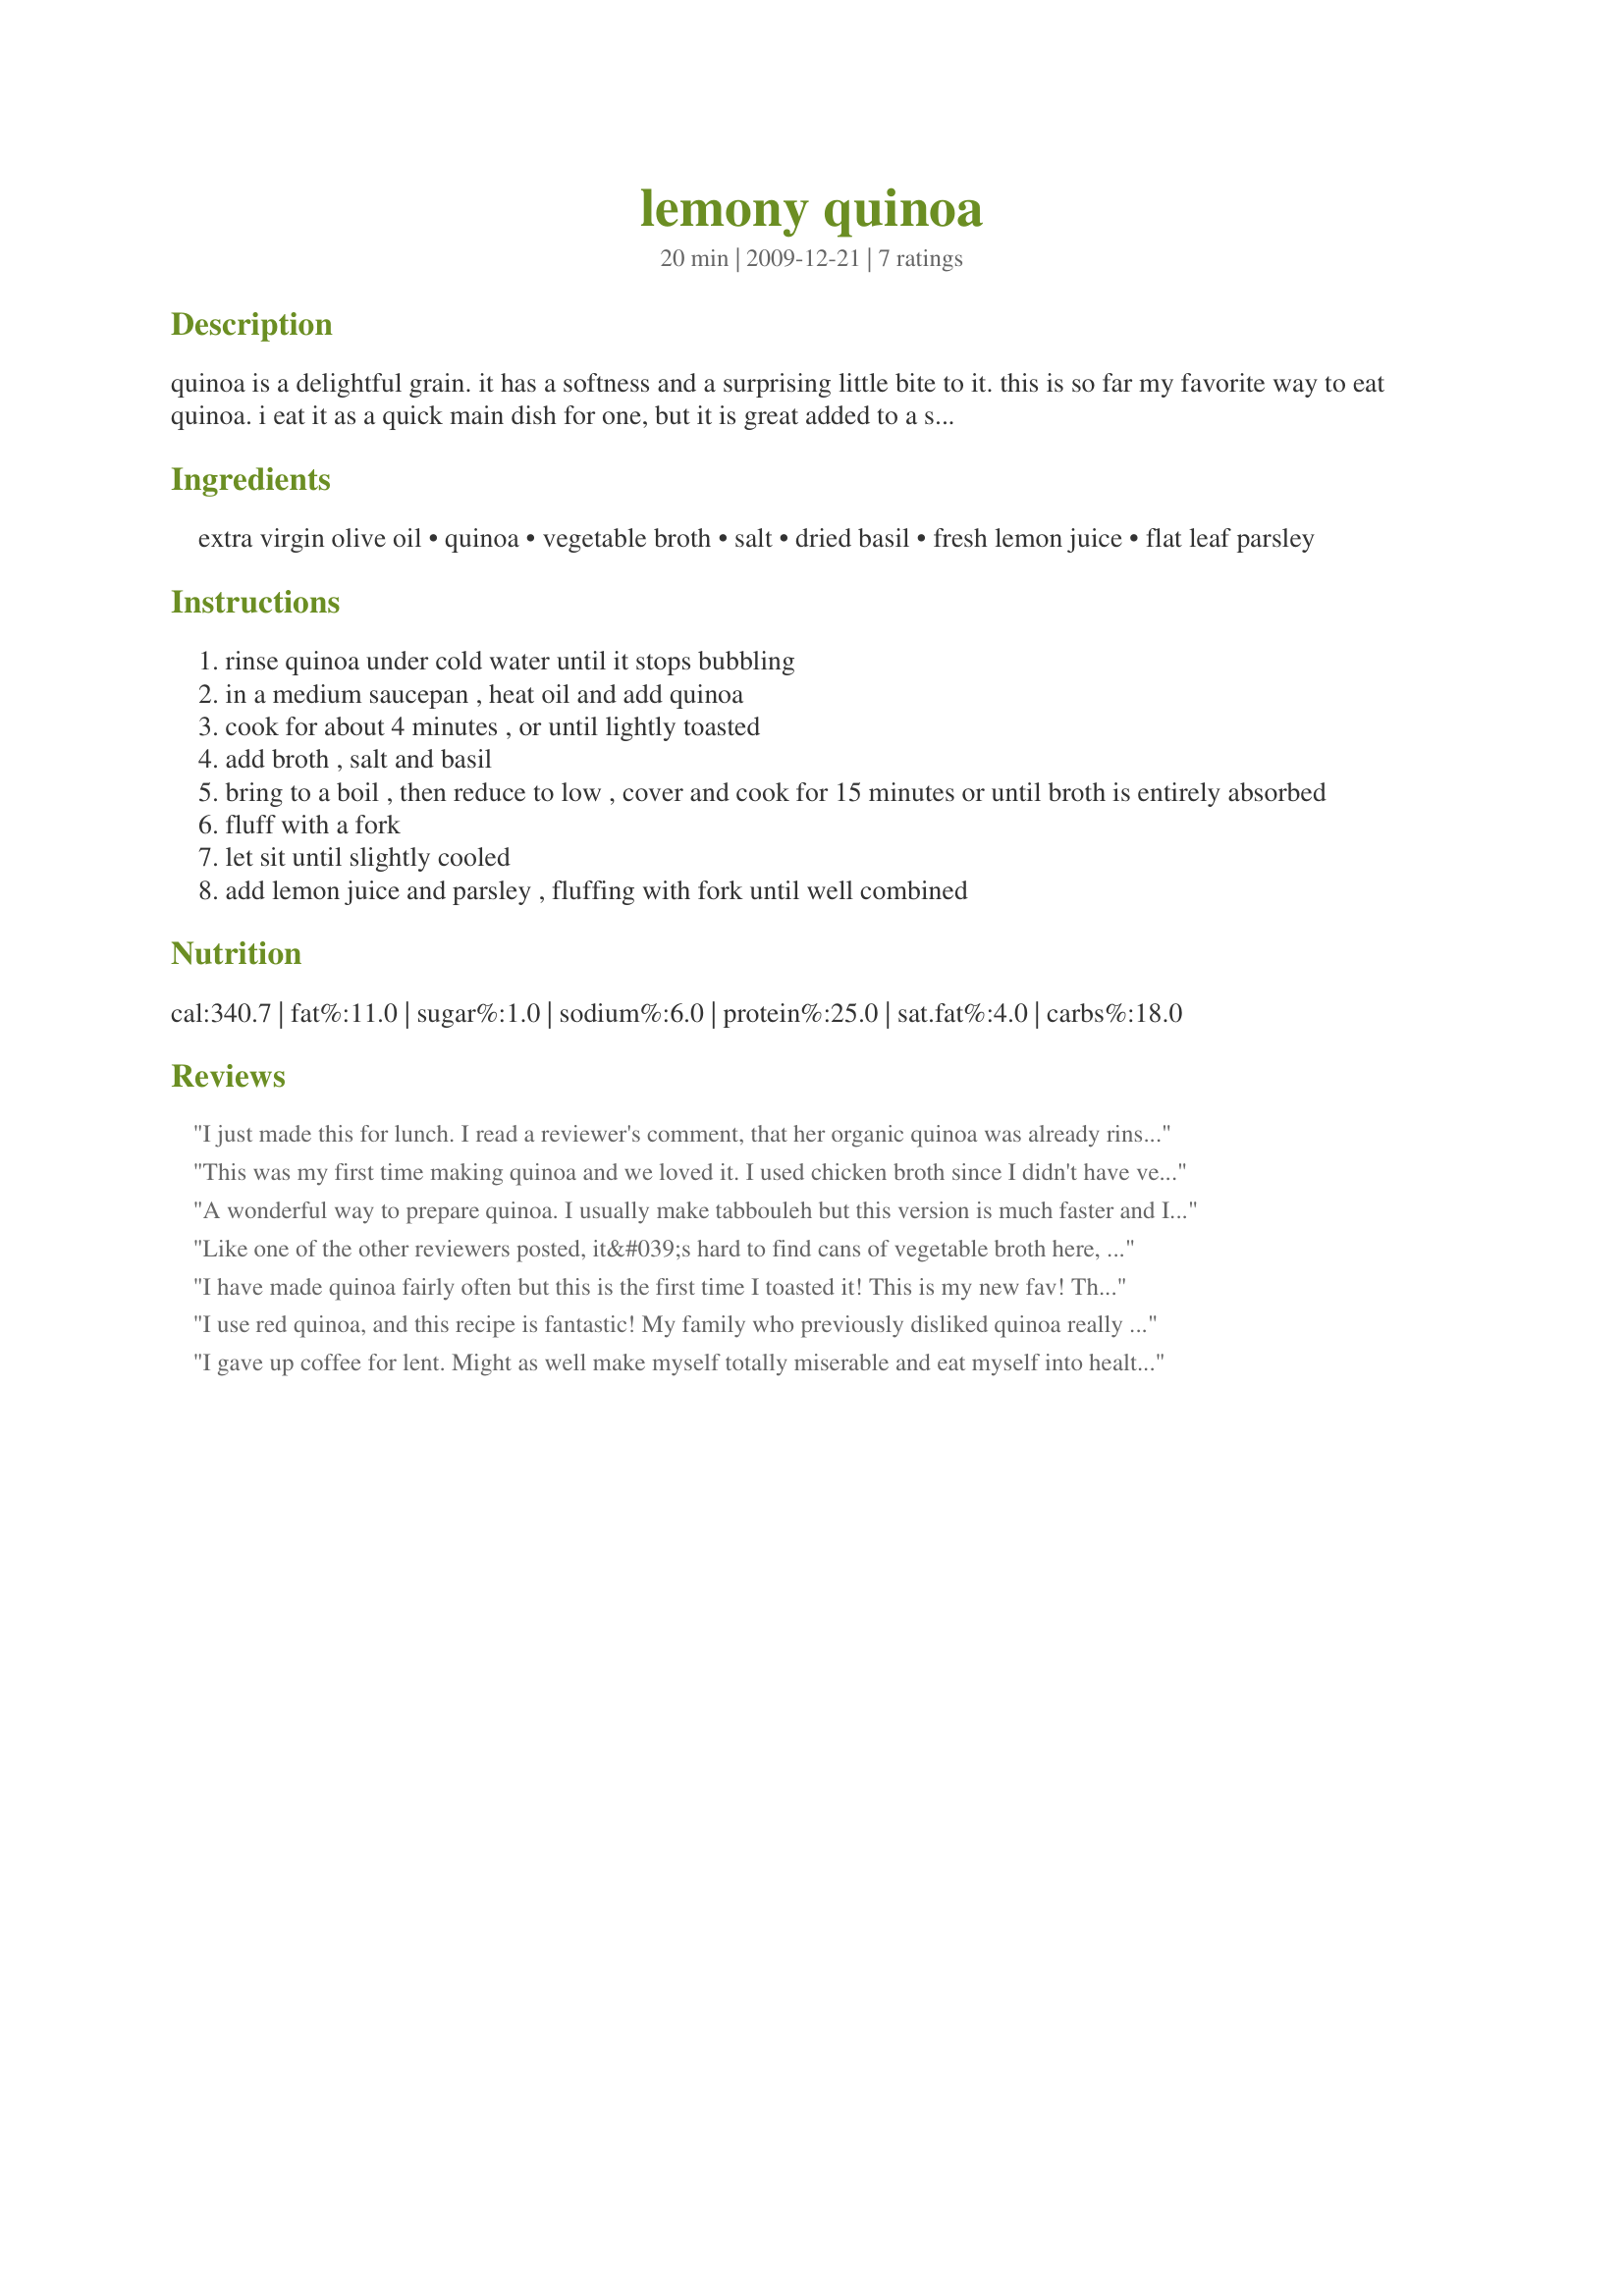
lemony quinoa
Preparation time: 20 minutes

quinoa is a delightful grain. it has a softness and a surprising little bite to it. this is so far my favorite way to eat quinoa. i eat it as a quick main dish for one, but it is great added to a salad or as a side. serve this warm or room temp.

Ingredients:
extra virgin olive oil, quinoa, vegetable broth, salt, dried basil, fresh lemon juice, flat leaf parsley

Steps:
rinse quinoa under cold water until it stops bubbling
in a medium saucepan , heat oil and add quinoa
cook for about 4 minutes , or until lightly toasted
add broth , salt and basil
bring to a boil , then reduce to low , cover and cook for 15 minutes or until broth is entirely absorbed
fluff with a fork
let sit until slightly cooled
add lemon juice and parsley , fluffing with fork until well combined

Reviews:
I just made this for lunch. I read a reviewer's comment, that her organic quinoa was already rinsed. I bought the quinoa, in the bulk section at my local store. It was labeled as organic however, it said on the label to rinse before cooking not sure why. I rinsed mine thru a coffee filter into a bowl. I made a couple of adjustments. Once I toasted the quinoa, I added 1/4 of a medium onion chopped, along with 4 small cloves of garlic, also chopped, 2 chicken bullion cubes, oregano and a pinch of salt, and course black pepper. I also added a squirt, of fresh lime juice. I omitted the parsley, because I did not have any. End result , absolutely delishhh. Oh, by the way, toasting all grains, before boiling, always makes it tastes better Thanks, for posting! I will for make this again, adding veggie, and maybe some tuna, for a good lunch.
This was my first time making quinoa and we loved it. I used chicken broth since I didn't have vegetable broth. We used fresh lemon juice and it was awesome. We used the pre-rinsed quinoa so we could skip that step. We served it along "Mama's Supper Clup Tilapia". Thanks so much!
A wonderful way to prepare quinoa. I usually make tabbouleh but this version is much faster and I can make a salad as a second side dish. Personally, I will only use an 1/8 of a teaspoon basil as I found it a bit overpowering, but that's just me. Thank you.
Like one of the other reviewers posted, it&#039;s hard to find cans of vegetable broth here, so I substituted chicken broth. And hubby forgot and brought home curly parsley from the supermarket rather than flat. But it was still delicious! Hubby thought it might be even better cold served as a salad, but we scarfed it all up, so will have to wait until next time to find out! Thanks for posting.
I have made quinoa fairly often but this is the first time I toasted it! This is my new fav! Thank you for sharing!
I use red quinoa, and this recipe is fantastic! My family who previously disliked quinoa really enjoys it!
I gave up coffee for lent. Might as well make myself
totally miserable and eat myself into healthy oblivion. (Quite tasty!)
